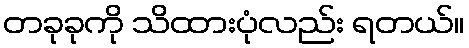
တခုခုကို သိထားပုံလည်း ရတယ်။